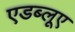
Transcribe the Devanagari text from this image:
एडब्लूए